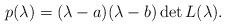
LaTeX: \begin{align*}p(\lambda)=(\lambda-a)(\lambda-b)\det L(\lambda).\end{align*}